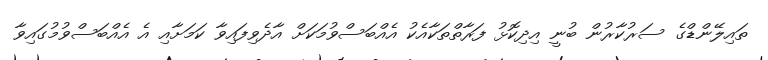
ތައިލޭންޑްގެ ސަރުކާރުން ބުނީ އިދިކޮޅު ފަރާތްތަކާއެކު އެއްބަސްވުމަކަށް އާދެވިފައިވާ ކަމަށާއި އެ އެއްބަސްވުމުގައިވާ